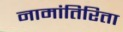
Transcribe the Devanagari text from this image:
नामांतिरिता